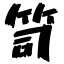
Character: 笥